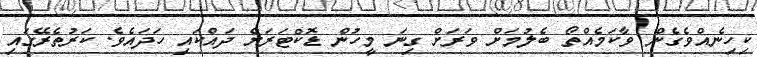
ކިހިނެއްވެގެން ވާކަމެއްތޯ ބެލުމަށް ވަރަށް ގިނަ މީހުން ޑޮކްޓަރަށް ދައްކައި ހަދައެވެ. ކަރުތެރޭގައި